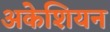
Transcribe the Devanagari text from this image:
अकेशियन